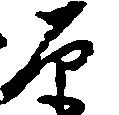
原